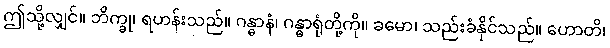
ဤသို့လျှင်။ ဘိက္ခု၊ ရဟန်းသည်။ ဂန္ဓာနံ၊ ဂန္ဓာရုံတို့ကို။ ခမော၊ သည်းခံနိုင်သည်။ ဟောတိ၊